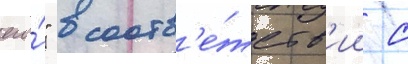
его́" в соотв'е́тств'ии с